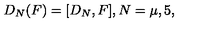
D _ { N } ( F ) = [ D _ { N } , F ] , N = \mu , 5 ,